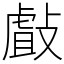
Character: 㪥